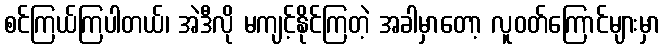
စင်ကြယ်ကြပါတယ်၊ အဲဒီလို မကျင့်နိုင်ကြတဲ့ အခါမှာတော့ လူဝတ်ကြောင်များမှာ